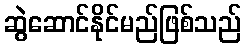
ဆွဲဆောင်နိုင်မည်ဖြစ်သည်